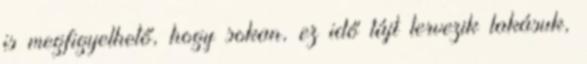
is megfigyelhető, hogy sokan, ez idő tájt tervezik lakásuk,